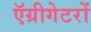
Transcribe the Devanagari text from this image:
ऍग्रीगेटरों